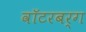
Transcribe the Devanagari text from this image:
वॉटरबर्ग